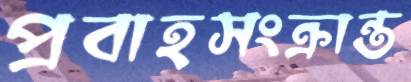
প্রবাহসংক্রান্ত